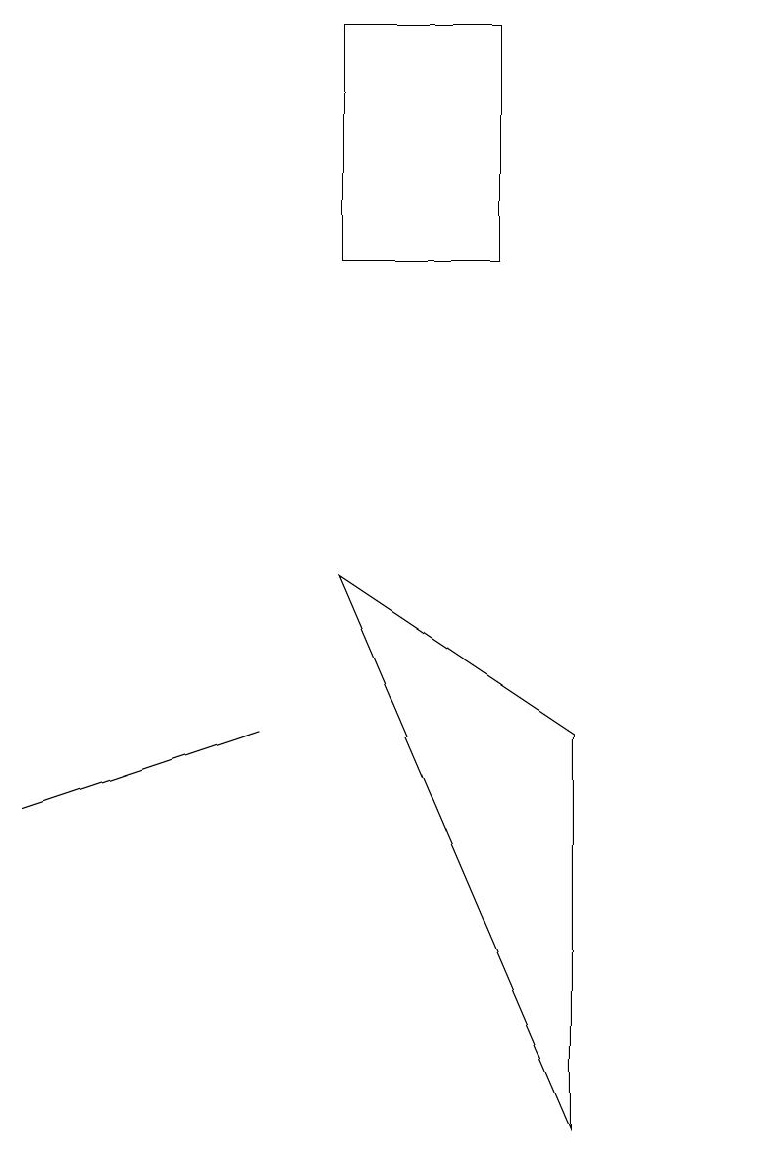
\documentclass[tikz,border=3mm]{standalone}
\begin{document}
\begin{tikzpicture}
\draw (5,16) rectangle (7,13);
\draw (1,6) -- (4,7) -- (1,6) -- cycle;
\draw (10,12) circle (0);
\draw (8,7) -- (8,2) -- (5,9) -- cycle;
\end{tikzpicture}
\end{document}